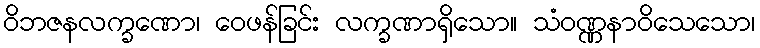
ဝိဘဇနလက္ခဏော၊ ဝေဖန်ခြင်း လက္ခဏာရှိသော။ သံဝဏ္ဏနာဝိသေသော၊